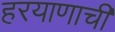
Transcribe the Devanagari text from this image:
हरयाणाची